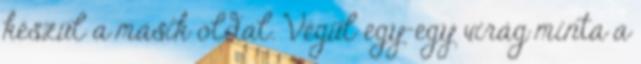
készül a másik oldal. Végül egy-egy virág minta a